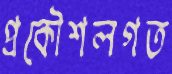
প্রকৌশলগত